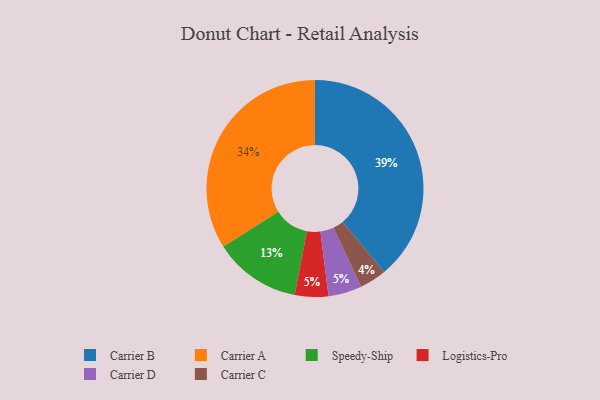
{"axis": {"x": "Category", "y": "Percentage"}, "legend": ["Carrier A", "Carrier B", "Carrier C", "Carrier D", "Logistics-Pro", "Speedy-Ship"], "data": [{"x": "Carrier C", "y": 4, "type": "Carrier C"}, {"x": "Carrier A", "y": 34, "type": "Carrier A"}, {"x": "Speedy-Ship", "y": 13, "type": "Speedy-Ship"}, {"x": "Logistics-Pro", "y": 5, "type": "Logistics-Pro"}, {"x": "Carrier B", "y": 39, "type": "Carrier B"}, {"x": "Carrier D", "y": 5, "type": "Carrier D"}]}